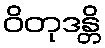
ဝိတုဒန္တိ